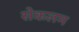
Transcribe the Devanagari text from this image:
सेकलम